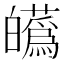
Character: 𤾸